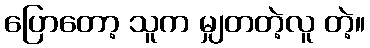
ပြောတော့ သူက မျှတတဲ့လူ တဲ့။